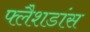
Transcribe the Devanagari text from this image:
फ्लैशडांस